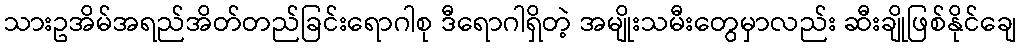
သားဥအိမ်အရည်အိတ်တည်ခြင်းရောဂါစု ဒီရောဂါရှိတဲ့ အမျိုးသမီးတွေမှာလည်း ဆီးချိုဖြစ်နိုင်ချေ